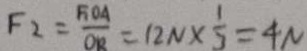
F _ { 2 } = \frac { F O A } { O R } = 1 2 N \times \frac { 1 } { 3 } = 4 N